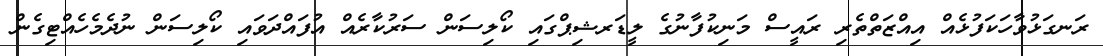
ރަނގަޅުވާހަކަފުޅެއް އިއްޒަތްތެރި ރައީސް މަނިކުފާނުގެ ލީޑަރޝިޕްގައި ކޯލިސަން ސަރުކާރެއް އުފައްދަވައި ކޯލިސަން ނުދެމެހެއްޓިގެން